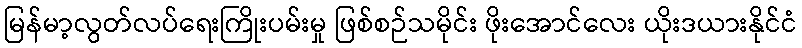
မြန်မာ့လွတ်လပ်ရေးကြိုးပမ်းမှု ဖြစ်စဉ်သမိုင်း ဖိုးအောင်လေး ယိုးဒယားနိုင်ငံ